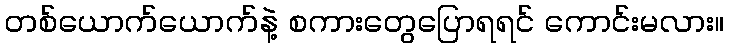
တစ်ယောက်ယောက်နဲ့ စကားတွေပြောရရင် ကောင်းမလား။